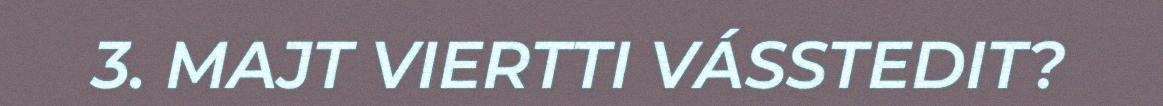
3. MAJT VIERTTI VÁSSTEDIT?